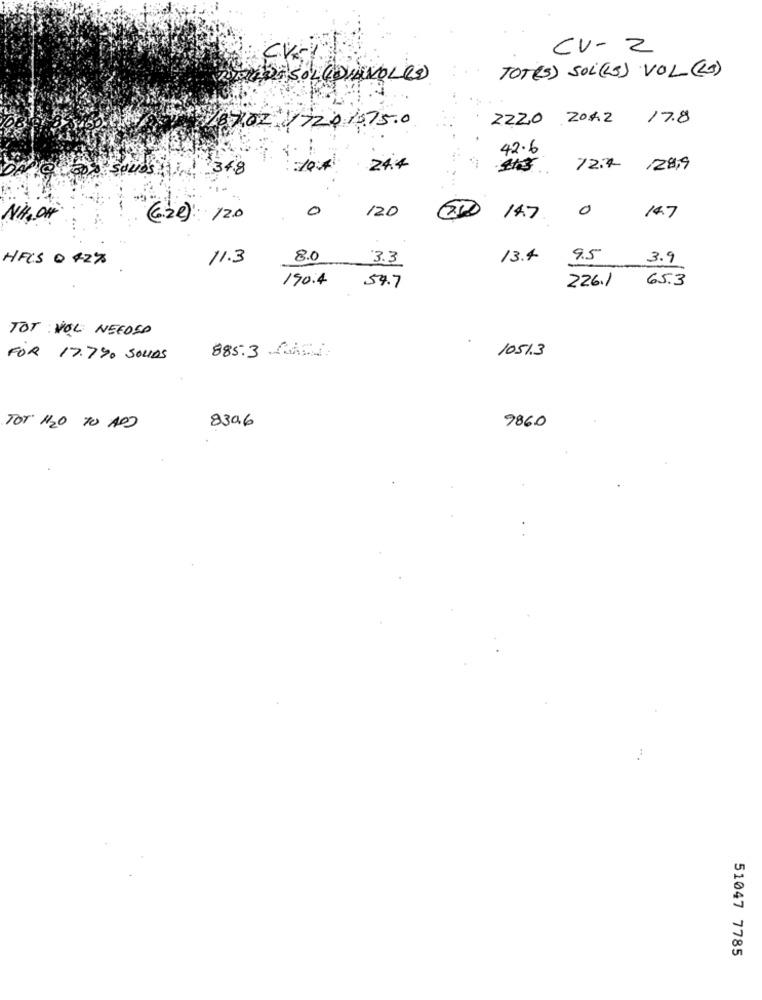
CV- 2
CVK
TOT(S) SOL(S) VOL (L)
PARASOLEDIAVOL(S)
8702 17201075.0
ZZZ0 204.2 17.8
42.6
34.8
24.4
72.7 /28,9
aussi
0
0
NH, OH
(6.22) 120
120
14.7
14.7
HFCS @ 427
11.3
8.0
3.3
13.4 9.5
3.9
190.4
226.1 65.3
54.7
TOT VOU NEEDED
1051.3
FOR 17.7%0 SOUDS
885.3 MAS
839.6
TOT 1/20 TO ADD
9860
51047 7785